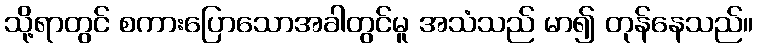
သို့ရာတွင် စကားပြောသောအခါတွင်မူ အသံသည် မာ၍ တုန်နေသည်။